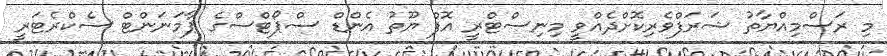
މި ރަސްމިއްޔާތު ޝަރަފްވެރިކޮށްދެއްވީ މިނިސްޓްރީ އޮފް ޔޫތު އެންޑް ސްޕޯޓްސްގެ ޕާމަނަންޓް ސެކްރެޓަރީ